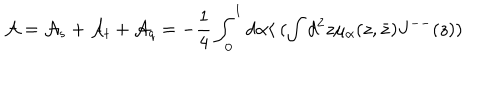
{ \cal A } = { \cal A } _ { s } + { \cal A } _ { t } + { \cal A } _ { q } = - \frac { 1 } { 4 } \int _ { 0 } ^ { 1 } d \alpha \langle ~ ( \int d ^ { 2 } z \mu _ { \alpha } ( z , \bar { z } ) J ^ { -- } ( z ) )